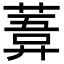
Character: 𦹊